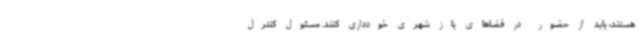
هستند، باید از حضور در فضاهای باز شهری خودداری کنند. مسئول کنترل